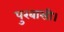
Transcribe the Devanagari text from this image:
पुरबासी।